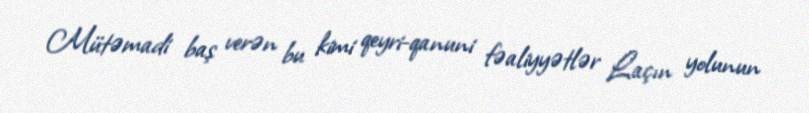
Mütəmadi baş verən bu kimi qeyri-qanuni fəaliyyətlər Laçın yolunun